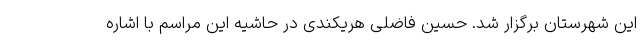
این شهرستان برگزار شد. حسین فاضلی هریکندی در حاشیه این مراسم با اشاره